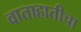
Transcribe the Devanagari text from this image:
वाताहातीचा